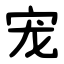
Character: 宠